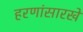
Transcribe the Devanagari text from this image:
हरणांसारखे